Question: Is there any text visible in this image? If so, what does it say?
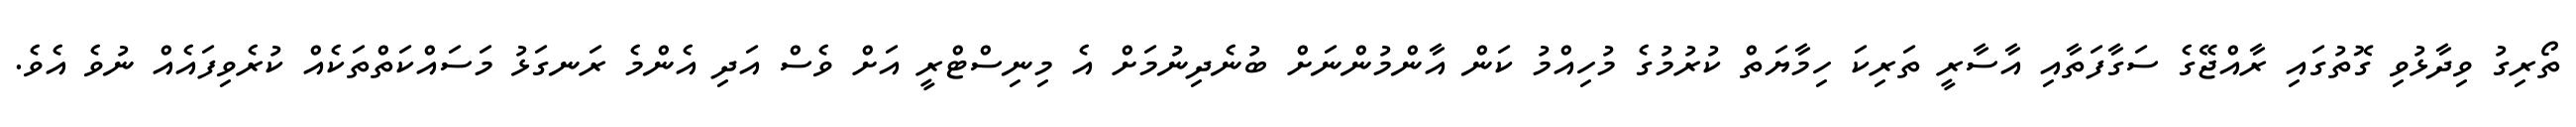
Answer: ތޯރިގު ވިދާޅުވި ގޮތުގައި ރާއްޖޭގެ ސަގާފަތާއި އާސާރީ ތަރިކަ ހިމާޔަތް ކުރުމުގެ މުހިއްމު ކަން އާންމުންނަށް ބުނެދިނުމަށް އެ މިނިސްޓްރީ އަށް ވެސް އަދި އެންމެ ރަނގަޅު މަސައްކަތްތަކެއް ކުރެވިފައެއް ނުވެ އެވެ.